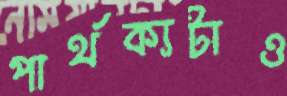
পার্থক্যটাও